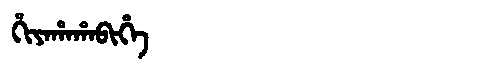
Manchu: ᡥᡳᠶᠠᡥᠠᡥᠠᠪᡳᡥᡝ
Romanization: HIYAHAHABIHE